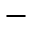
-